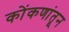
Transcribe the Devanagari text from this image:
कोंकणांतून